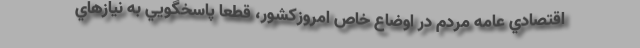
اقتصادي عامه مردم در اوضاع خاص امروزكشور، قطعا پاسخگويي به نيازهاي